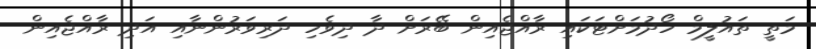
މަތީ ތައުލީމް ހޯދުމަށްޓަކައި ރާއްޖެއިން ބޭރަށް ދާ ދިވެހި ދަރިވަރުންނާއި އަދި ރާއްޖެއިން